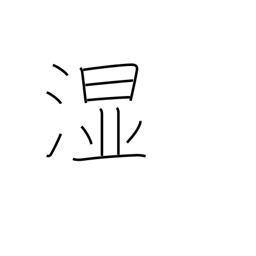
Meaning: wet